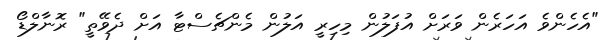
"އެހެންވެ އަހަރެން ވަރަށް އުފަލުން މިހިރީ އަލުން މެންޗެސްޓާ އަށް ދެވޭތީ" ރޮނާލްޑޯ